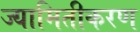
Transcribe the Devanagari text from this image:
ज्यामितीकरण